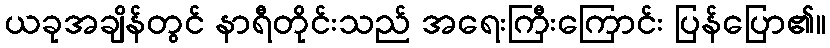
ယခုအချိန်တွင် နာရီတိုင်းသည် အရေးကြီးကြောင်း ပြန်ပြော၏။